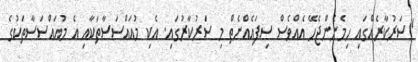
"ސަރުކާރެއްގައި ހިމެނެންޖެހޭ އެއްވެސް ސިފައެއްނެތް މި ސަރުކާރުގައި. އެކި މުއައްސަސާތަކާއި އެ މުއައްސަސާތަކުގެ